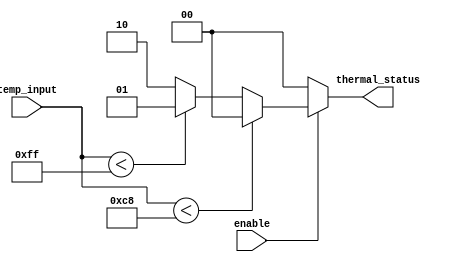
module thermal_encoder (
    input [7:0] temp_input,  // 8-bit analog temperature input from ADC
    output reg [1:0] thermal_status, // 2-bit output for thermal status
    input enable // Enable signal to activate the encoder
);

    // Thermal status encoding
    localparam NORMAL   = 2'b00; // Normal temperature range
    localparam WARNING  = 2'b01; // Warning temperature range
    localparam CRITICAL = 2'b10; // Critical temperature range

    // Thresholds (example values)
    localparam WARNING_THRESHOLD  = 8'd200; // Set warning threshold
    localparam CRITICAL_THRESHOLD = 8'd255; // Set critical threshold

    always @(*) begin
        if (!enable) begin
            thermal_status = NORMAL; // Default to normal if not enabled
        end else begin
            // Determine the thermal status based on the temperature input
            if (temp_input < WARNING_THRESHOLD) begin
                thermal_status = NORMAL; // Normal status
            end else if (temp_input < CRITICAL_THRESHOLD) begin
                thermal_status = WARNING; // Warning status
            end else begin
                thermal_status = CRITICAL; // Critical status
            end
        end
    end

endmodule